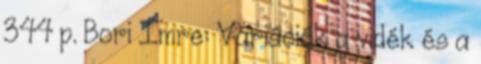
344 p. Bori Imre: Variációk a vidék és a